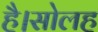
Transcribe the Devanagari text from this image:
है।सोलह